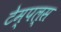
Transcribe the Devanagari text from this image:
टेम्पल्स